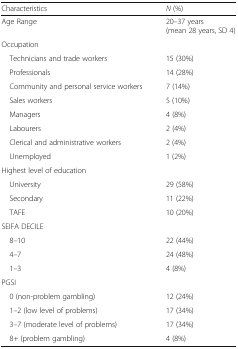
| Characteristics | N (%) |
 | --- | --- |
 | Age Range | 20–37 years (mean 28 years, SD 4) |
 | <COLSPAN=2> Occupation |
 | Technicians and trade workers | 15 (30%) |
 | Professionals | 14 (28%) |
 | Community and personal service workers | 7 (14%) |
 | Sales workers | 5 (10%) |
 | Managers | 4 (8%) |
 | Labourers | 2 (4%) |
 | Clerical and administrative workers | 2 (4%) |
 | Unemployed | 1 (2%) |
 | <COLSPAN=2> Highest level of education |
 | University | 29 (58%) |
 | Secondary | 11 (22%) |
 | TAFE | 10 (20%) |
 | <COLSPAN=2> SEIFA DECILE |
 | 8–10 | 22 (44%) |
 | 4–7 | 24 (48%) |
 | 1–3 | 4 (8%) |
 | <COLSPAN=2> PGSI |
 | 0 (non-problem gambling) | 12 (24%) |
 | 1–2 (low level of problems) | 17 (34%) |
 | 3–7 (moderate level of problems) | 17 (34%) |
 | 8+ (problem gambling) | 4 (8%) |